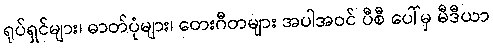
ရုပ်ရှင်များ၊ ဓာတ်ပုံများ၊ တေးဂီတများ အပါအဝင် ပီစီ ပေါ်မှ မီဒီယာ